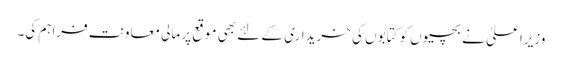
وزیراعلیٰ نے بچیوں کو کتابوں کی خریداری کے لئے بھی موقع پر مالی معاونت فراہم کی۔